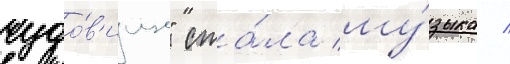
чудо́в'ище" ста́ла му́зыка /